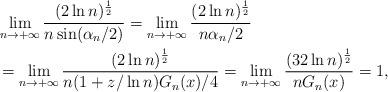
LaTeX: \begin{align*}&\lim\limits_{n\to+\infty}\frac{(2\ln n)^{\frac{1}{2}}}{n\sin(\alpha_n/2)}=\lim\limits_{n\to+\infty}\frac{(2\ln n)^{\frac{1}{2}}}{n\alpha_n/2}\\&=\lim\limits_{n\to+\infty}\frac{(2\ln n)^{\frac{1}{2}}}{n(1+z/\ln n)G_n(x)/4}=\lim\limits_{n\to+\infty}\frac{(32\ln n)^{\frac{1}{2}}}{nG_n(x)}=1,\end{align*}